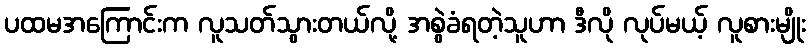
ပထမအကြောင်းက လူသတ်သွားတယ်လို့ အစွဲခံရတဲ့သူဟာ ဒီလို လုပ်မယ့် လူစားမျိုး